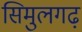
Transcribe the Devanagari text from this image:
सिमुलगढ़